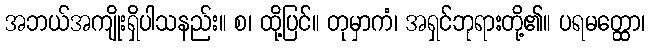
အဘယ်အကျိုးရှိပါသနည်း။ စ၊ ထို့ပြင်။ တုမှာကံ၊ အရှင်ဘုရားတို့၏။ ပရမတ္ထော၊